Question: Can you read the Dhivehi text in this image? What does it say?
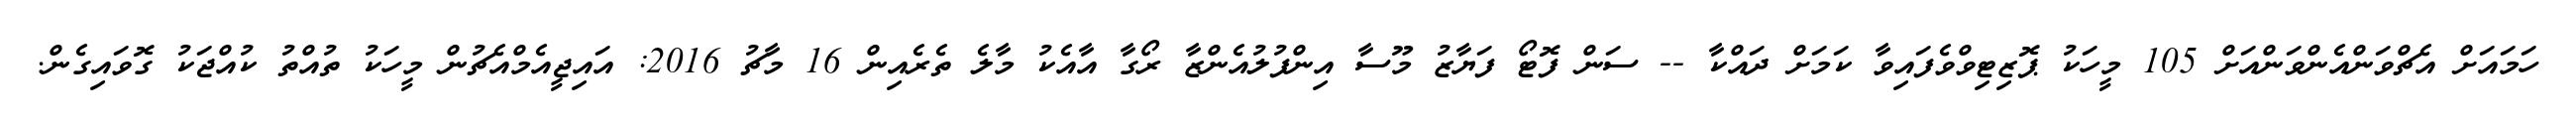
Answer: ހަމައަށް އެޗްވަންއެންވަންއަށް 105 މީހަކު ޕޮޒިޓިވްވެފައިވާ ކަމަށް ދައްކާ -- ސަން ފޮޓޯ ފަޔާޒު މޫސާ އިންފުލުއެންޒާ ރޯގާ އާއެކު މާލެ ތެރެއިން 16 މާޗު 2016: އައިޖީއެމްއެޗުން މީހަކު ތުއްތު ކުއްޖަކު ގޮވައިގެން.